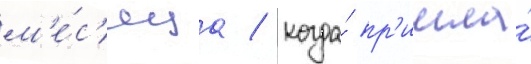
м'е́с'яца / когда́ пр'ишла́